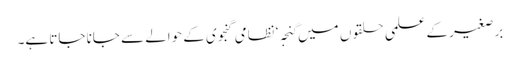
برصغیر کے علمی حلقوں میں گنجہ‘ نظامی گنجوی کے حوالے سے جانا جاتا ہے۔